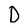
Character: D